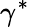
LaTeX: \gamma^{*}